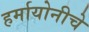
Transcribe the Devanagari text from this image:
हर्मायोनीचे